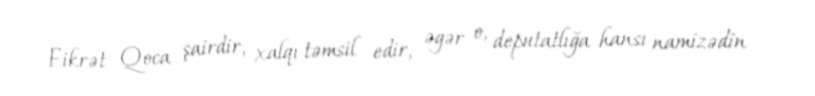
Fikrət Qoca şairdir, xalqı təmsil edir, əgər o, deputatlığa hansı namizədin